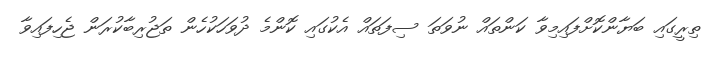
ތިރީގައި ބަޔާންކޮށްފައިމިވާ ކަންތައް ނުވަތަ ސިފަތައް އެކުގައި ކޮންމެ ދުވަހަކުހެން ތަޖުރިބާކުރަން ޖެހިފައިވާ